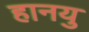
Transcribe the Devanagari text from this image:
हानयु